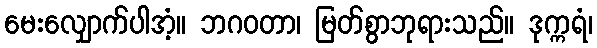
မေးလျှောက်ပါအံ့။ ဘဂဝတာ၊ မြတ်စွာဘုရားသည်။ ဒုက္ကရံ၊